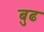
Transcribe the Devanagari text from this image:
बुढ